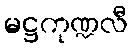
မဋ္ဌကုဏ္ဍလီ